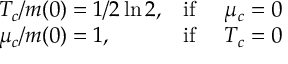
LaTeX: \begin{array} { l l l } { { T _ { c } / m ( 0 ) = 1 / 2 \ln 2 , } } & { { \mathrm { i f } \ } } & { { \mu _ { c } = 0 } } \\ { { \mu _ { c } / m ( 0 ) = 1 , } } & { { \mathrm { i f } \ } } & { { T _ { c } = 0 } } \end{array}